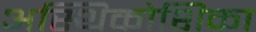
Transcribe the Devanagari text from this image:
अस्थिकोशिका